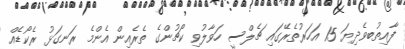
ފާއިތުބވެދިޔަ 15 އަހަރުތެރޭގައި ޗެލްސީ ހަވާލުވި ކޯޗުންގެ ތެރެއިން އެންމެ ރަނގަޅު ރެކޯޑެއް